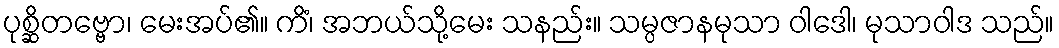
ပုစ္ဆိတဗ္ဗော၊ မေးအပ်၏။ ကိံ၊ အဘယ်သို့မေး သနည်း။ သမ္ပဇာနမုသာ ဝါဒေါ၊ မုသာဝါဒ သည်။